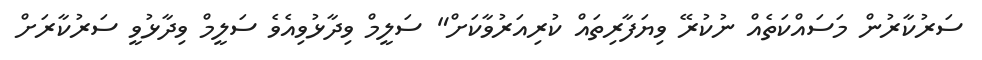
ސަރުކާރުން މަސައްކަތެއް ނުކުރޭ ވިޔަފާރިތައް ކުރިއަރުވާކަށް" ސަލީމް ވިދާޅުވިއެވެ ސަލީމް ވިދާޅުވީ ސަރުކާރަށް